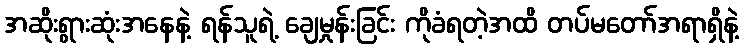
အဆိုးရွားဆုံးအနေနဲ့ ရန်သူရဲ့ ချေမှုန်းခြင်း ကိုခံရတဲ့အထိ တပ်မတော်အရာရှိနဲ့